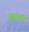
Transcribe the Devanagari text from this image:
तंजावूरच्या